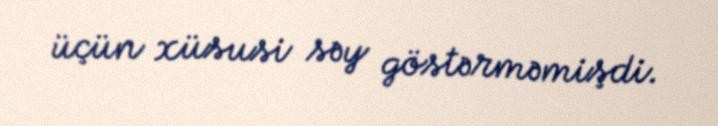
üçün xüsusi səy göstərməmişdi.